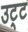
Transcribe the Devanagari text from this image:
उट्ट